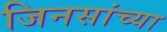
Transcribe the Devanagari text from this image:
जिनसांच्या